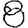
Digit: 8